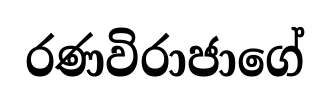
රණවිරාජාගේ